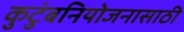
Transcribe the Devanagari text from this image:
कुटुंबनियोजनासाठी